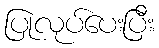
ပြုလုပ်ပေးပြီး